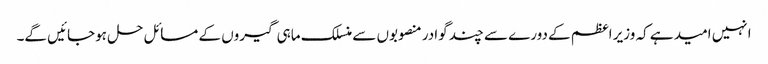
انہیں امید ہے کہ وزیر اعظم کے دورے سے چند گوادر منصوبوں سے منسلک ماہی گیروں کے مسائل حل ہوجائیں گے۔